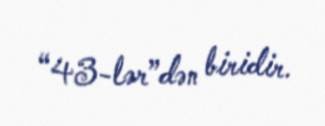
“43-lər”dən biridir.